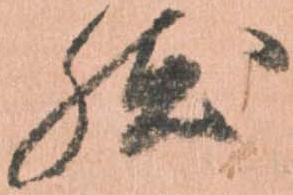
然